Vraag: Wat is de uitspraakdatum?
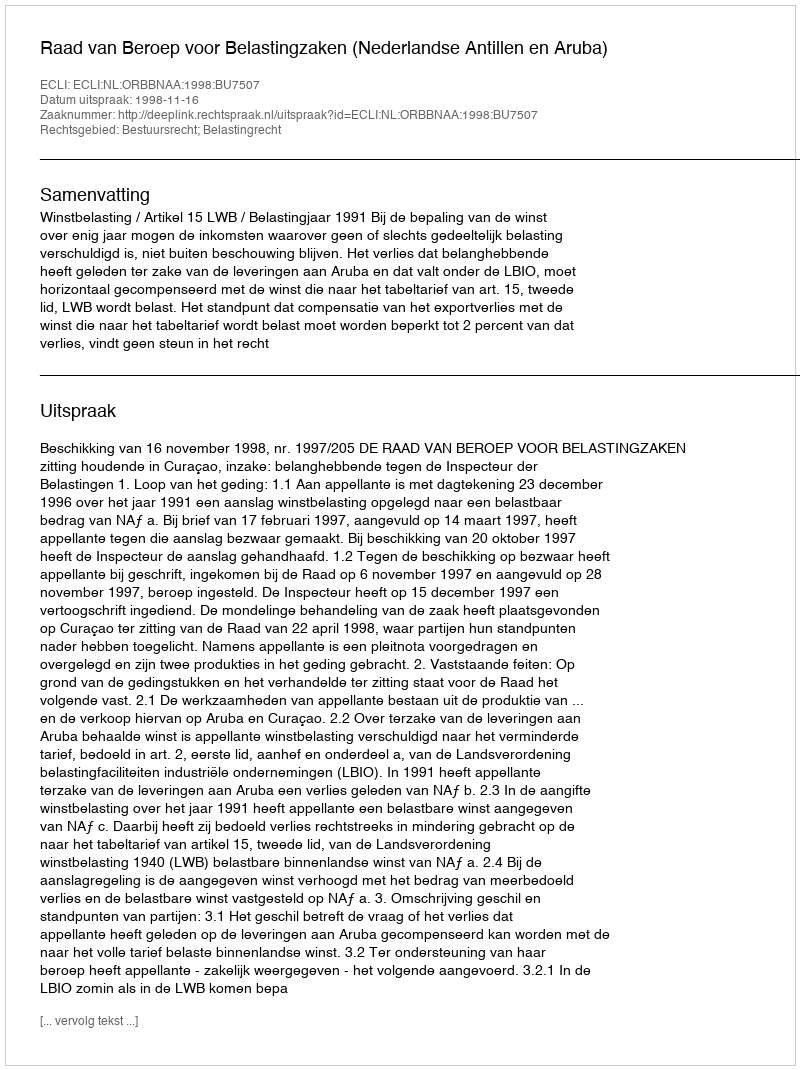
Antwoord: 1998-11-16